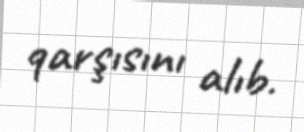
qarşısını alıb.